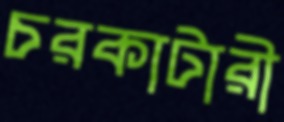
চরকাটারী